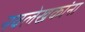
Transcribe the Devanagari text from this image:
नवलेखकांना